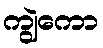
ကျွဲကော